Leaving Certificate Examination, 1919, 1919
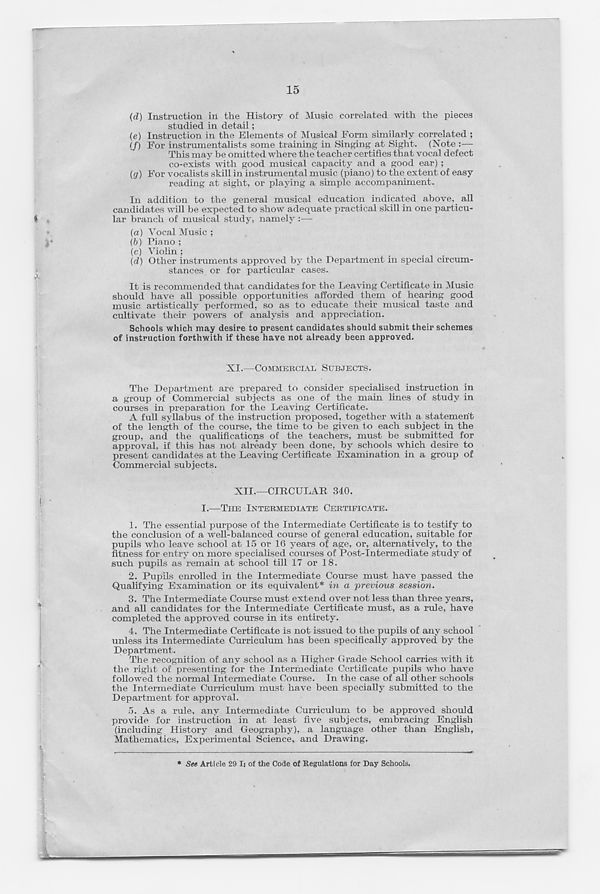
15
(d) Instruction in the History of Music correlated with the pieces
studied in detail;
(e) Instruction in the Elements of Musical Form similarly correlated ;
(/) For instrumentalists some training in Singing at Sight. (Note :—
This may be omitted where the teacher certifies that vocal defect
co-exists with good musical capacity and a good ear) ;
(g) For vocalists skill in instrumental music (piano) to the extent of easy
reading at sight, or playing a simple accompaniment.
In addition to the general musical education indicated above, _ all
candidates will be expected to show adequate practical skill in one particu-
lar branch of musical study, namely :—
(a) Vocal Music ;
(b) Piano ;
(c) Violin ;
(d) Other instruments approved by the Department in special circum-
stances or for particular cases.
It is recommended that candidates for the Leaving Certificate in Music
should have all possible opportunities afforded them of hearing good
music artistically performed, so as to educate their musical taste and
cultivate their powers of analysis and appreciation.
Schools which may desire to present candidates should submit their schemes
of instruction forthwith if these have not already been approved.
XI.—COMMERCIAL SUBJECTS.
The Department are prepared to consider specialised instruction in
a group of Commercial subjects as one of the main lines of study in
courses in preparation for the Leaving Certificate.
A full syllabus of the instruction proposed, together with a statemenit
of the length of the course, the time to be given to each subject in the
group, and the qualifications of the teachers, must be submitted for
approval, if this has not already been done, by schools which desire to
present candidates at the Leaving Certificate Examination in a group of
Commercial subjects.
XII.—CIRCULAR 340.
I.—THE INTERMEDIATE CERTIFICATE.
1. The essential purpose of the Intermediate Certificate is to testify to
the conclusion of a well-balanced course of general education, suitable for
pupils who leave school at 15 or 16 years of age, or, alternatively, to the
fitness for entry on more specialised courses of Post-Intermediate study of
such pupils as remain at school till 17 or 18.
2. Pupils enrolled in the Intermediate Course must have passed the
Qualifying Examination or its equivalent* in a previous session.
3. The Intermediate Course must extend over not less than three years,
and all candidates for the Intermediate Certificate must, as a rule, have
completed the approved course in its entirety.
4. The Intermediate Certificate is not issued to the pupils of any school
unless its Intermediate Curriculum has been specifically approved by the
Department.
The recognition of any school as a Higher Grade School carries with it
the right of presenting for the Intermediate Certificate pupils who have
followed the normal Intermediate Course. In the case of all other schools
the Intermediate Curriculum must have been specially submitted to the
Department for approval.
5. As a rule, any Intermediate Curriculum to be approved should
provide for instruction in at least five subjects, embracing English
(including History and Geography), a language other than English,
Mathematics, Experimental Science, and Drawing.
* See Article 29 I: of the Code of Regulations for Day Schools.